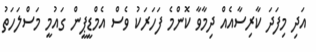
އަދި މިފަދަ ކާރިސާއެއް ދިމާވާ ކޮންމެ ފަހަރަކު ވެސް އެމްޑީޕީން ގައުމީ މަސްލަހަތު